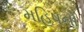
મહિષનો